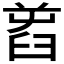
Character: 𦥭